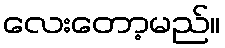
လေးတော့မည်။